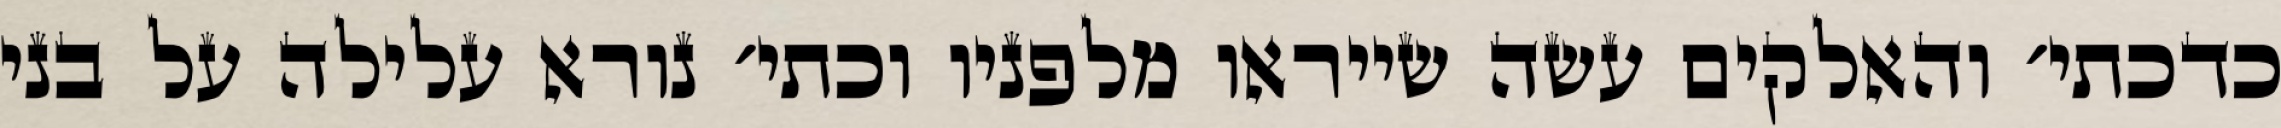
כדכתי׳ והאלקים עשה שייראו מלפניו וכתי׳ נורא עלילה על בני